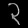
Digit: ၃